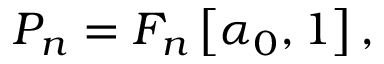
\begin{array} { r } { P _ { n } = F _ { n } \left[ \alpha _ { 0 } , 1 \right] , } \end{array}